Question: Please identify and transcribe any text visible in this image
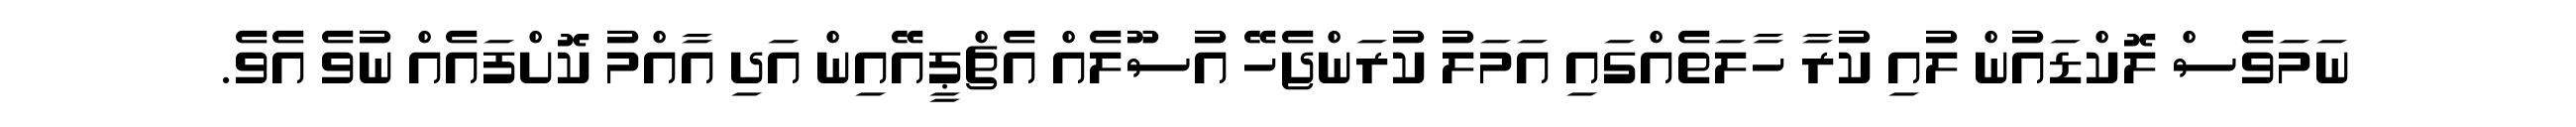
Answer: ނަމަވެސް ލޮކްޑައުން ލުއި ކުރާ ހާލަތެއްގައި އަމަލު ކުރަންޖެހޭ އުސޫލެއް އެޗްޕީއޭއިން އަދި އާއްމު ކޮށްފައެއް ނުވެ އެވެ.